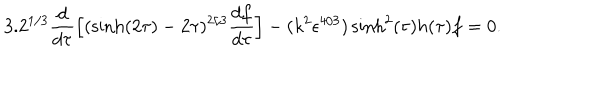
LaTeX: 3 . 2 ^ { 1 / 3 } \frac { d } { d \tau } \Big [ ( \sinh ( 2 \tau ) - 2 \tau ) ^ { 2 / 3 } \frac { d f } { d \tau } \Big ] - ( k ^ { 2 } \epsilon ^ { 4 / 3 } ) \sinh ^ { 2 } ( \tau ) h ( \tau ) f = 0 .